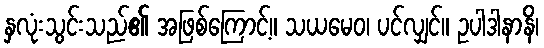
နှလုံးသွင်းသည်၏ အဖြစ်ကြောင့်။ သယမေဝ၊ ပင်လျှင်။ ဥပါဒါနာနိ၊